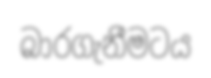
බාරගැනීමටය